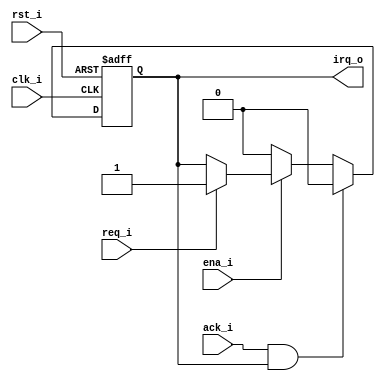
//      =======================================
module bus_int(
	input			clk_i,		// 
	input			rst_i,		//  
	input			ena_i,		//   
	input			req_i,		//   
	input			ack_i,		//   
	output reg	irq_o			//    
);

//wire int_reg = ena_i & req_i;

always @(posedge clk_i, posedge rst_i)
	if(rst_i) irq_o <= 1'b0;
	else begin
//		if(int_reg & (~irq_o))
		if(ena_i) begin
			if(req_i)
				irq_o <= 1'b1;
		end
		else
			irq_o <= 1'b0;
		if(ack_i & irq_o)
			irq_o <= 1'b0;
	end

endmodule